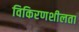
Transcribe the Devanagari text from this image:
विकिरणशीलता